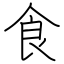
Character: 食